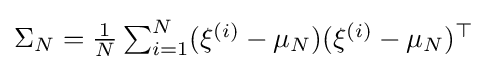
{\textstyle \Sigma _{N}={\frac {1}{N}}\sum _{i=1}^{N}(\xi ^{(i)}-\mu _{N})(\xi ^{(i)}-\mu _{N})^{\top }}